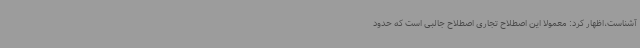
آشناست،اظهار کرد: معمولا این اصطلاح تجاری اصطلاح جالبی است که حدود